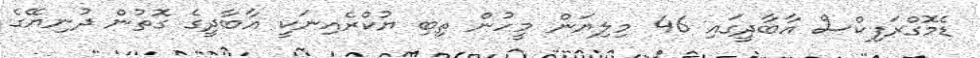
ޑެމޮގްރަފިކްސް އާބާދީގައި 46 މިލިޔަން މީހުން ތިބި ޔުކްރެއިނަކީ އާބާދީގެ ގޮތުން ދުނިޔޭގެ